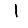
Digit: 1